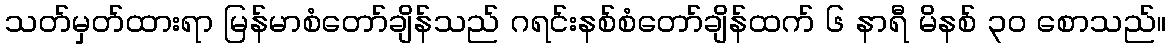
သတ်မှတ်ထားရာ မြန်မာစံတော်ချိန်သည် ဂရင်းနစ်စံတော်ချိန်ထက် ၆ နာရီ မိနစ် ၃၀ စောသည်။